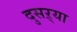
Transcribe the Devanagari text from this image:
दुसऱ्या